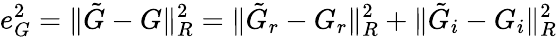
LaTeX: e_{G}^{2}=\| \tilde{G}-G\| _{R}^{2}=\| \tilde{G}_{r}-G_{r}\| _{R}^{2}+\| \tilde{G}_{i}-G_{i}\| _{R}^{2}